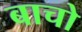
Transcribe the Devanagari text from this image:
बाचो